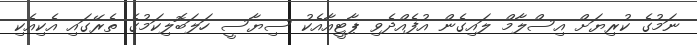
ނަމުގެ ކުރިޔަށް އިސްލާމް ލައިގެން އުފެއްދެވި ޕާޓީއާއެކު ސިޔާސީ ހަލަބޮލިކަމުގެ ތެރޭގައި އެކިއެކި